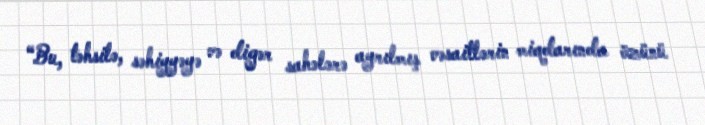
“Bu, təhsilə, səhiyyəyə və digər sahələrə ayrılmış vəsaitlərin miqdarında özünü